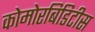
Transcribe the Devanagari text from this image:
कोमोरबिडिटीस